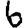
Digit: 6